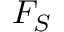
F _ { S }